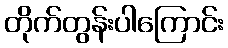
တိုက်တွန်းပါကြောင်း